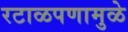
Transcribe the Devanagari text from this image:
रटाळपणामुळे